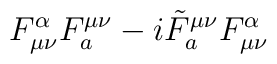
F^\alpha_{\mu\nu}F_a^{\mu\nu} - i{\tilde F}_a^{\mu\nu}F^\alpha_{\mu\nu}